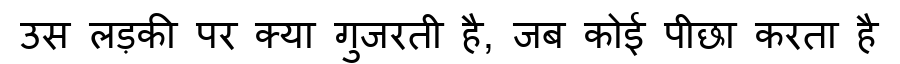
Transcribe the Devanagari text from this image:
उस लड़की पर क्या गुजरती है, जब कोई पीछा करता है